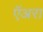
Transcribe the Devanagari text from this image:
ऍअरा